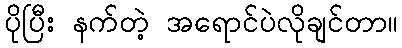
ပိုပြီး နက်တဲ့ အရောင်ပဲလိုချင်တာ။